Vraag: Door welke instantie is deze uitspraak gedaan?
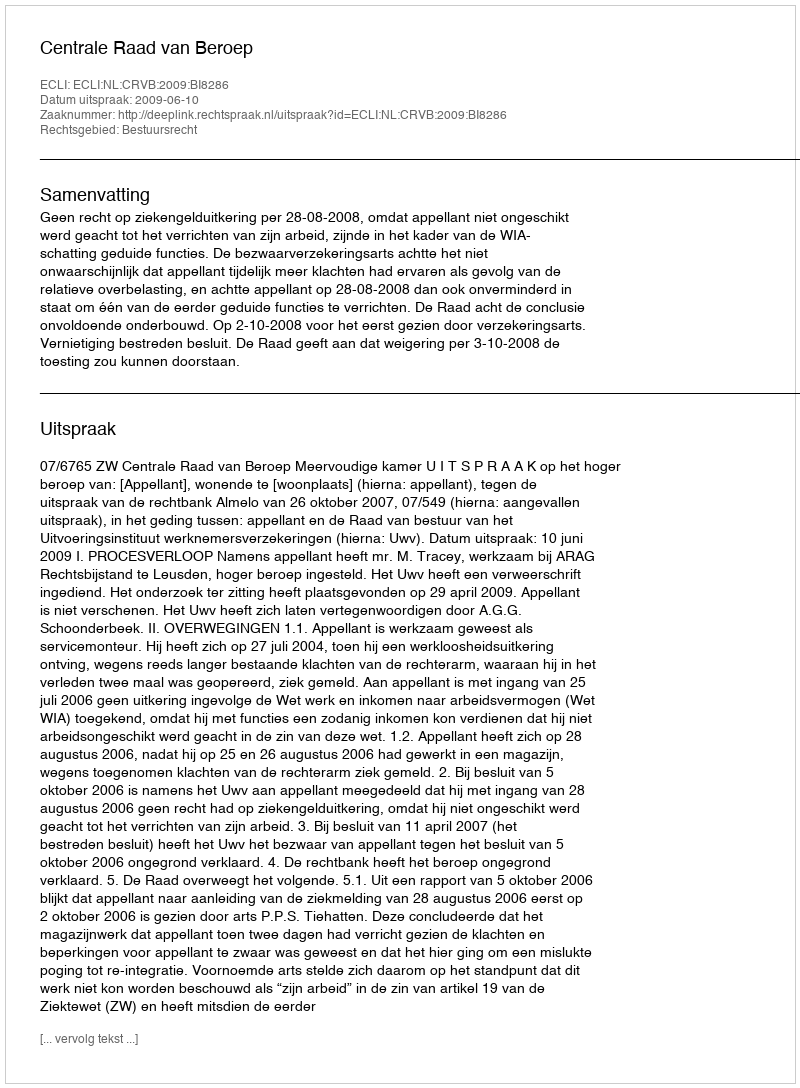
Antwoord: Centrale Raad van Beroep